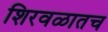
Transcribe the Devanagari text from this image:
शिरवळातच